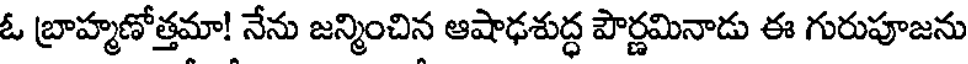
ఓ బ్రాహ్మణోత్తమా! నేను జన్మించిన ఆషాఢశుద్ధ పౌర్ణమినాడు ఈ గురుపూజను